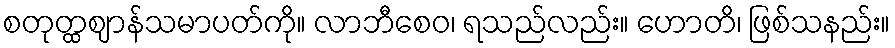
စတုတ္ထဈာန်သမာပတ်ကို။ လာဘီစေဝ၊ ရသည်လည်း။ ဟောတိ၊ ဖြစ်သနည်း။